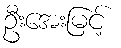
ဦးအေးမြင့်